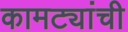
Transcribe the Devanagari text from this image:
कामट्यांची